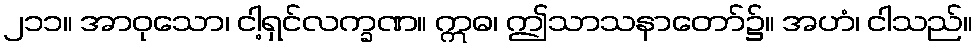
၂၁၁။ အာဝုသော၊ ငါ့ရှင်လက္ခဏ။ ဣဓ၊ ဤသာသနာတော်၌။ အဟံ၊ ငါသည်။